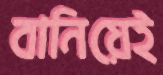
বানিয়েই